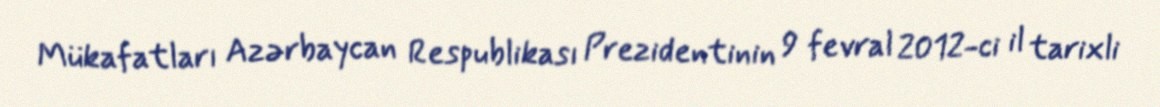
Mükafatları Azərbaycan Respublikası Prezidentinin 9 fevral 2012-ci il tarixli